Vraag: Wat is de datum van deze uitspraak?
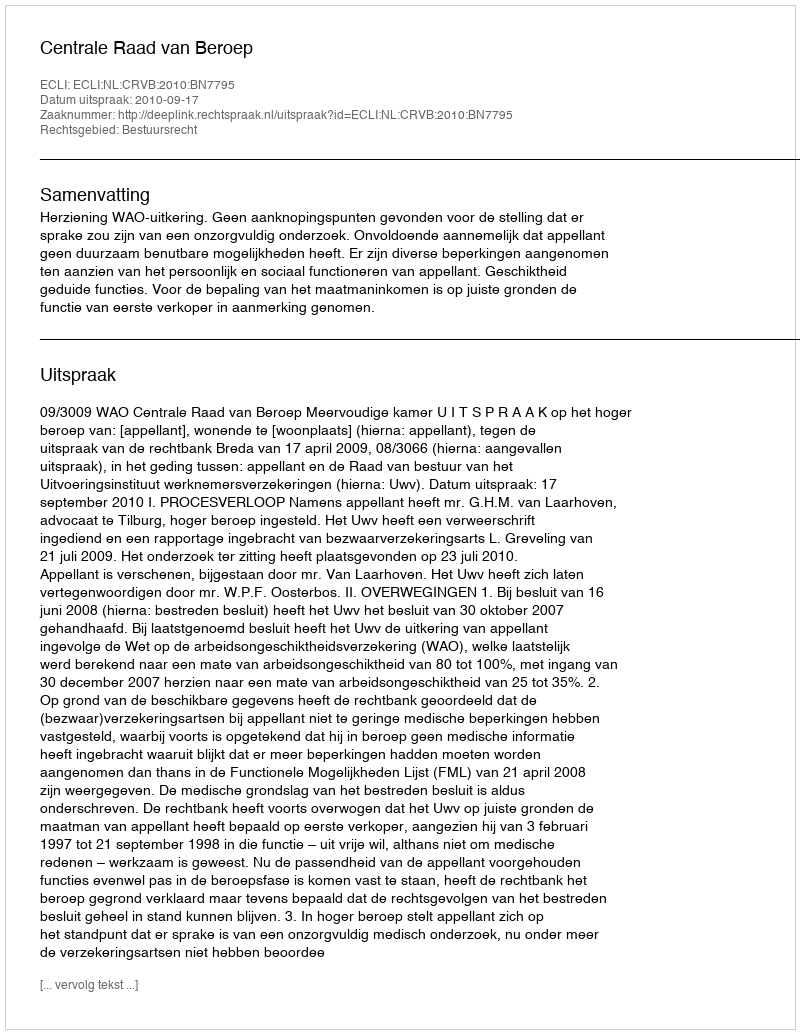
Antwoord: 2010-09-17